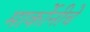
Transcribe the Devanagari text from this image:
मार्कोनीचे